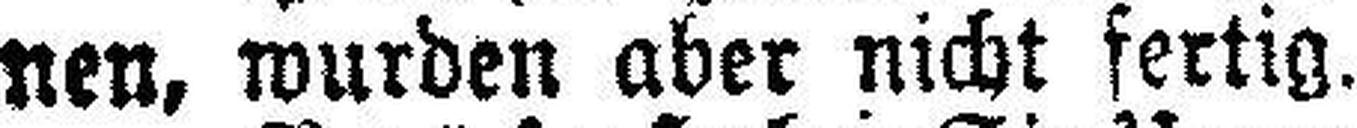
nen, wurden aber nicht fertig.